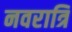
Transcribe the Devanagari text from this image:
नवरात्रि